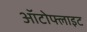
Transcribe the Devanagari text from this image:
ऑटोफ्लाइट